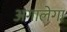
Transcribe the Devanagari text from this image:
अगालेगा